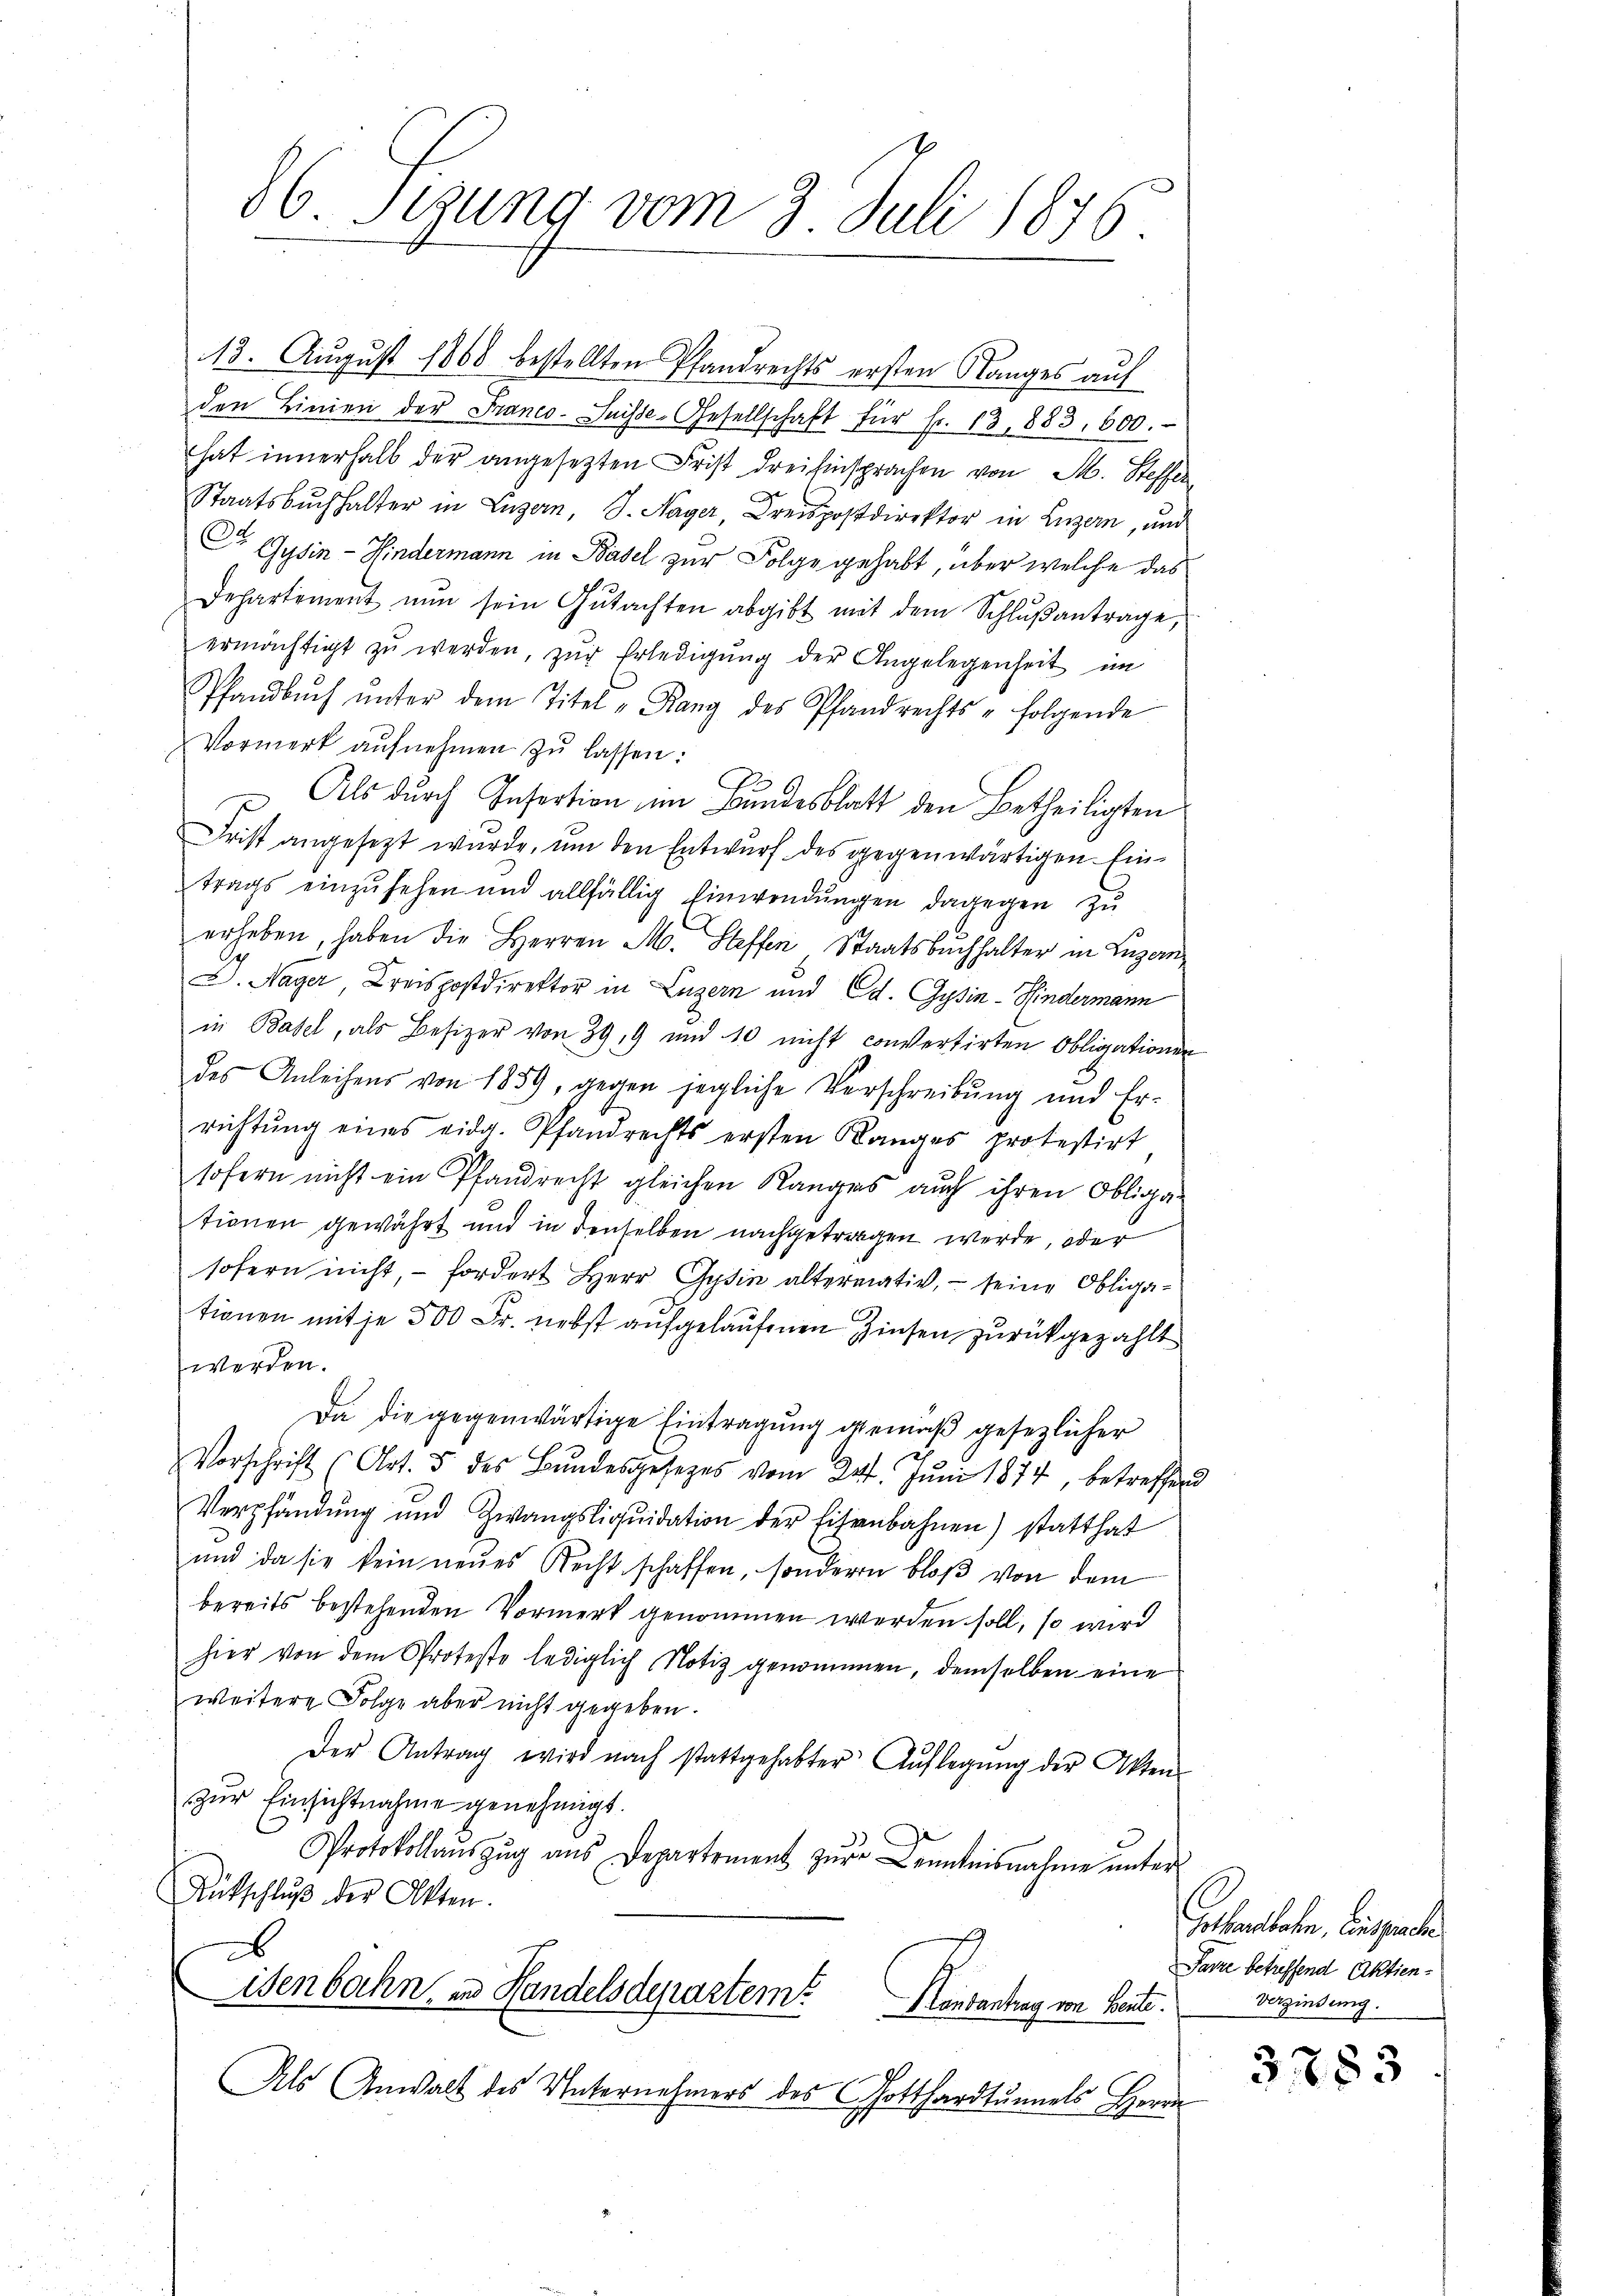
86. Sizung vom 3. Juli 1876

13. August 1868 bestellten Pfandrechts ersten Ranges auf
den Linien der Franco-Suisse-Gesellschaft für Fr. 13, 883, 600.
hat innerhalb der angesetzten Frist dreisinsprachen von M. Steffen
Staatsbuchhalter in Luzern, J. Nager Depostdirektor in Luzern, und
C Gysin - Hindermann in Basel zur Folge gehabt, über welche das
Departement nun sein Gŭtachten abgibt mit dem Schlŭβantrage,
ermächtigt zŭ werden, zŭr Erledigŭng der Angelegenheit im
Pfandbŭch ŭnter dem Titel „Rang des Pfandrechts - folgende
Vormerk aufnehmen zŭ lassen:
Als durch Insortion im Bundesblatt den Betheiligten
Frist angesezt wurde, um den Entwurf des gegenwärtigen. Eintrags einzusehen und allfällig Einwendungen dagegen zu
erheben, haben die Herren M. Steffen Staatsbuchhalter in Luzern,
D. Nager, Kreispostdirektor in Luzern und Ed. Gysin-Hindermann
in Basel, als Besizer von 39, 9 und 10 nicht convertirten Obligationen
des Anleihens von 1859, gegen jegliche Verschreibung und Er-
richtŭng eines eidg. Pfandrechts ersten Ranges protestirt
sofern nicht ein Pfandrecht gleichen Ranges auch ihren Obliga-
tionen gewährt und in denselben nachgetragen werde, oder
sofern nicht, fordert Herr Gysin altermativ, - seine Obliga-
tionen mit je 500 Fr. nebst aufgelaufenen Zinsen zurückgezahlt
werden.
Da die gegenwärtige Eintragung gemäß gesezlicher
Vorschrift (Art. 5 des Bŭndesgesetzes vom 24. Jŭni 1874, betreffend
Verpfändung und Zwangsliqŭidation der Eisenbahnen) statthat
und da sie kein neues Recht schaffen, sonderen bloß von dem
bereits bestehenden Vormerk genommen werden soll, so wird
hier von dem Proteste lediglich Notiz genommen, demselben eine
weitere Folge aber nicht gegeben.
Der Antrag wird nach stattgehabter Aŭflegŭng der Akten-
zŭr Einsichtnahme genehmigt.
Protokollaŭszŭg aŭs Departement zŭr Kenntnisnahme ŭnter
Antschlŭβ der Akten.
6
Eisenbahn, in Handelsdepartem? Hintantrag von Heute.
Als Anwalt des Unternehmers des Gotthardtunnels Herrn

Gothanshofen, Einsprache
Parze betreffend Aktien¬
Verzinsung.

3783